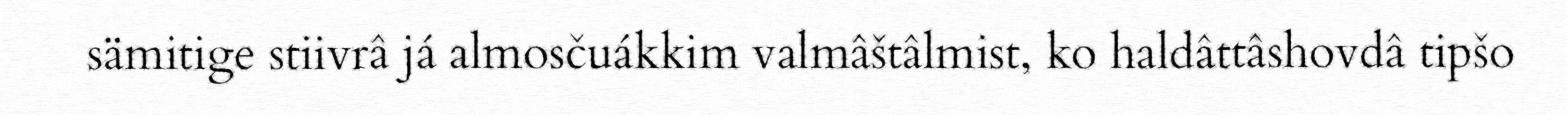
sämitige stiivrâ já almosčuákkim valmâštâlmist, ko haldâttâshovdâ tipšo